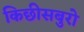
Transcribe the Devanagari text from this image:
किछीसबुरो